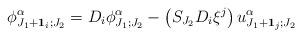
LaTeX: \begin{align*}\phi^{\alpha}_{J_1+\bold{1}_i;J_2}=D_i\phi^{\alpha}_{J_1;J_2}-\left(S_{J_2}D_i\xi^j\right)u_{J_1+\bold{1}_j;J_2}^{\alpha}\end{align*}